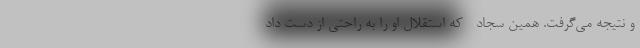
و نتیجه می‌گرفت. همین سجاد - که استقلال او را به راحتی از دست داد-